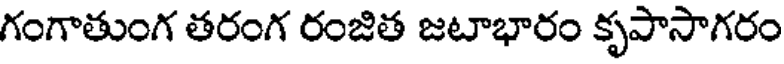
గంగాతుంగ తరంగ రంజిత జటాభారం కృపాసాగరం